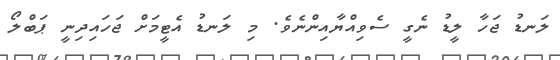
ލަނޑު ޖަހާ ލީޑު ނެގީ ސެވިއްޔާއިންނެވެ. މި ލަނޑު އެޓީމަށް ޖަހައިދިނީ ޕަބްލޯ